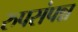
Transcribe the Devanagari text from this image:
रुपसंपन्न